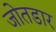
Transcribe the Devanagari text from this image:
जोतडार